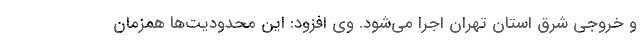
و خروجی شرق استان تهران اجرا می‌شود. وی افزود: این محدودیت‌ها همزمان